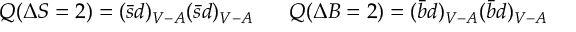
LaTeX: Q ( \Delta S = 2 ) = ( \bar { s } d ) _ { V - A } ( \bar { s } d ) _ { V - A } ~ ~ ~ ~ ~ Q ( \Delta B = 2 ) = ( \bar { b } d ) _ { V - A } ( \bar { b } d ) _ { V - A }